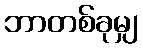
ဘာတစ်ခုမျှ